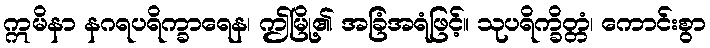
ဣမိနာ နဂရပရိက္ခာရေန၊ ဤမြို့၏ အခြံအရံဖြင့်။ သုပရိက္ခိတ္တံ၊ ကောင်းစွာ